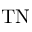
\mathrm { T N }